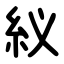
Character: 紁